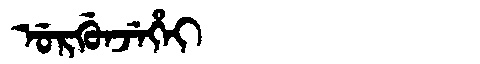
Manchu: ᡠᡵᡤᡠᠨᠵᡝᡥᡝᡳ
Romanization: URGUNJEHEI